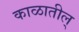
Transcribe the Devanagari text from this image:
काळातील्